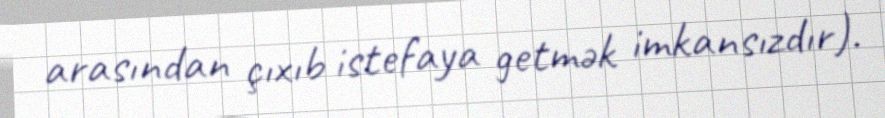
arasından çıxıb istefaya getmək imkansızdır).